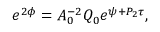
e ^ { 2 \phi } = A _ { 0 } ^ { - 2 } Q _ { 0 } e ^ { \psi + P _ { 2 } \tau } ,